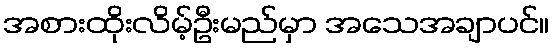
အစားထိုးလိမ့်ဦးမည်မှာ အသေအချာပင်။